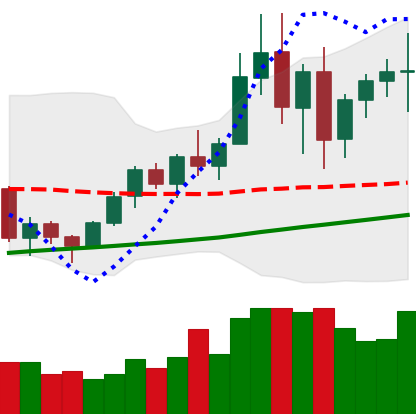
Ticker: BNB-USD
Chart end date: 2020-12-27
Forward return: 13.109%
Label: up_7plus